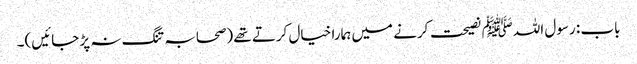
باب : رسول اللہﷺ نصیحت کرنے میں ہمارا خیال کرتے تھے (صحابہ تنگ نہ پڑ جائیں)۔